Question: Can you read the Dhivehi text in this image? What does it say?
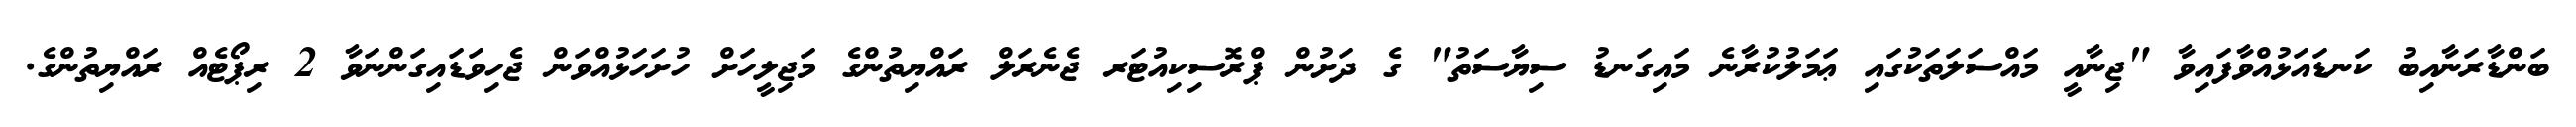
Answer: ބަންޑާރަނާއިބު ކަނޑައަޅުއްވާފައިވާ "ޖިނާއީ މައްސަލަތަކުގައި ޢަމަލުކުރާނެ މައިގަނޑު ސިޔާސަތު" ގެ ދަށުން ޕްރޮސިކިއުޓަރ ޖެނެރަލް ރައްޔިތުންގެ މަޖިލީހަށް ހުށަހަޅުއްވަން ޖެހިވަޑައިގަންނަވާ 2 ރިޕޯޓެއް ރައްޔިތުންގެ.